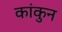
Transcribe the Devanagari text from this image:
कांकुन